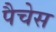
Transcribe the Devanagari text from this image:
पैचेस